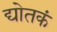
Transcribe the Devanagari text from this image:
द्योतकं